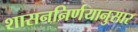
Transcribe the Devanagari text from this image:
शासननिर्णयानुसार